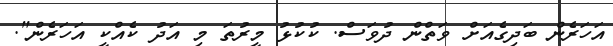
އަހަރެން ބަދިގެއަށް ވަތްން ދުވަސް. ކުކުޅު މީރުތަ މި އަދު ކެއްކީ އަހަރެން".